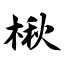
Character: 楸